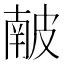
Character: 𥀇